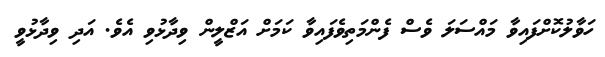
ހަވާލުކޮށްފައިވާ މައްސަލަ ވެސް ފެންމަތިވެފައިވާ ކަމަށް އަޒްލީން ވިދާޅުވި އެވެ. އަދި ވިދާޅުވީ